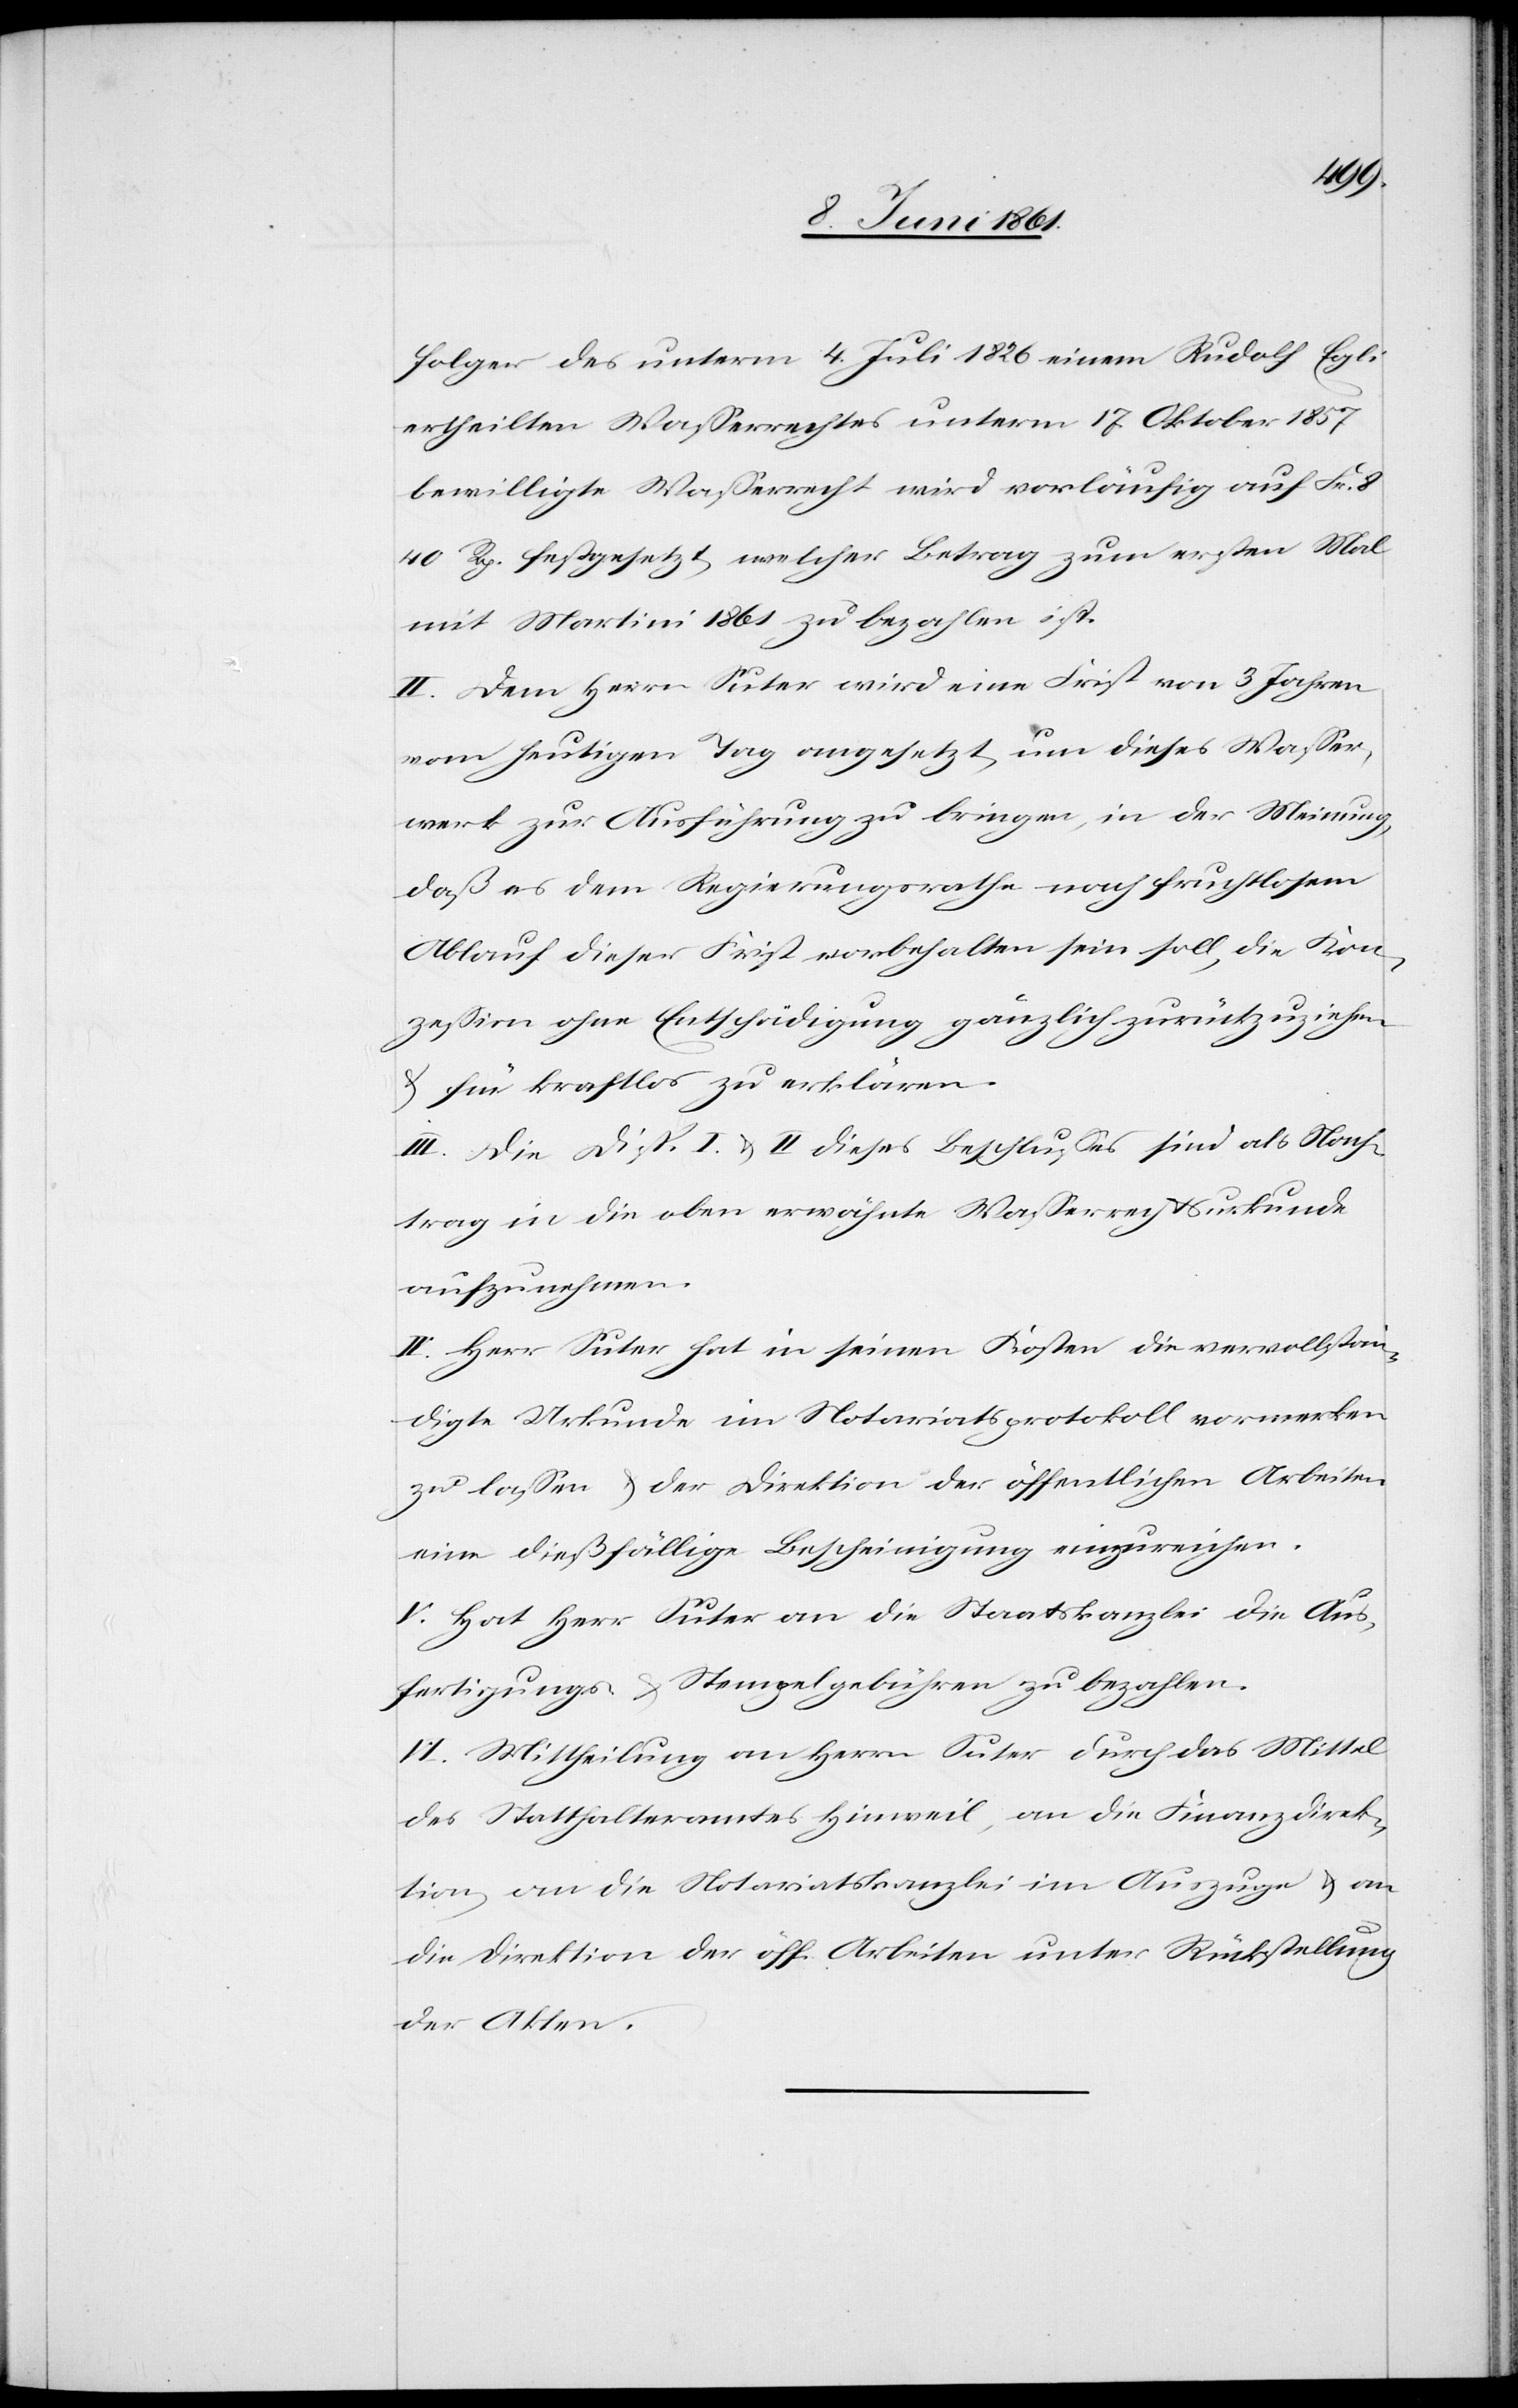
folger des unterm 4. Juli 1826 einem Rudolf Egli
ertheilten Wasserrechtes unterm 17. Oktober 1857
bewilligte Wasserrecht wird vorläufig auf Fr. 8
40 Rp. festgesetzt, welcher Betrag zum ersten Mal
mit Martini 1861 zu bezahlen ist.
II. Dem Herrn Suter wird eine Frist von 3 Jahren
vom heutigen Tag angesetzt, um dieses Wasser¬
werk zur Ausführung zu bringen, in der Meinung,
daß es dem Regierungsrathe nach fruchtlosem
Ablauf dieser Frist vorbehalten sein soll, die Kon¬
zession ohne Entschädigung gänzlich zurückzuziehen
u. für kraftlos zu erklären.
III. Die Disp. I u. II dieses Beschlusses sind als Nach¬
trag in die oben erwähnte Wasserrechtsurkunde
aufzunehmen.
IV. Herr Suter hat in seinen Kosten die vervollstän¬
digte Urkunde im Notariatsprotokoll vormerken
zu lassen u. der Direktion der öffentlichen Arbeiten
eine dießfällige Bescheinigung einzureichen.
V. Hat Herr Suter an die Staatskanzlei die Aus¬
fertigungs- u. Stempelgebühren zu bezahlen.
VI. Mittheilung an Herrn Suter durch das Mittel
des Statthalteramtes Hinweil, an die Finanzdirek¬
tion, an die Notariatskanzlei im Auszuge u. an
die Direktion der öff. Arbeiten unter Rückstellung
der Akten.